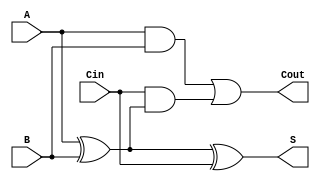
module LowPowerFullAdder (
    input wire A,      // First input bit
    input wire B,      // Second input bit
    input wire Cin,    // Carry-in bit
    output wire S,     // Sum output
    output wire Cout    // Carry-out output
);

// Internal wires for intermediate calculations
wire AxorB;         // Intermediate wire for A XOR B

// Calculate the sum using XOR gates
assign AxorB = A ^ B; // A XOR B
assign S = AxorB ^ Cin; // S = (A XOR B) XOR Cin

// Calculate the carry-out using AND and OR gates
assign Cout = (A & B) | (Cin & AxorB); // Cout = (A AND B) OR (Cin AND (A XOR B))

endmodule